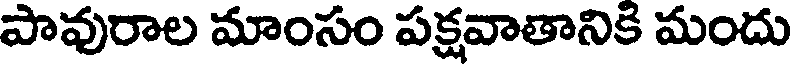
పావురాల మాంసం పక్షవాతానికి మందు